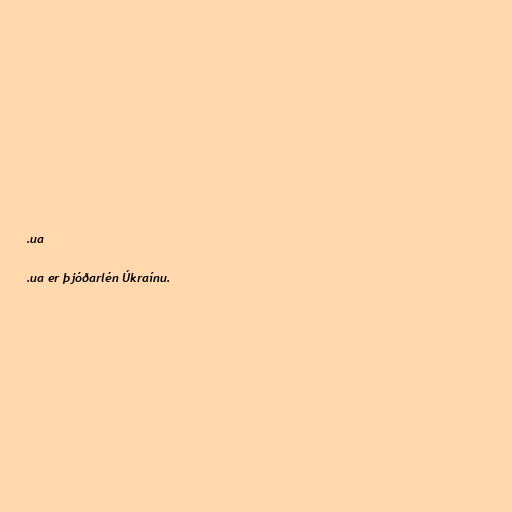
.ua

.ua er þjóðarlén Úkraínu.